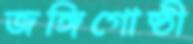
জঙ্গিগোষ্ঠী